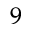
^ { 9 }